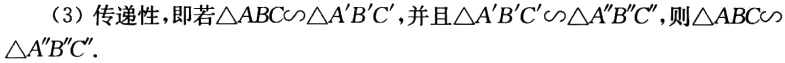
（3）传递性，即若\(\triangle ABC\backsim\triangle A'B'C'\)，并且\(\triangle A'B'C'\backsim\triangle A''B''C''\)，则\(\triangle ABC\backsim\triangle A''B''C''\)．